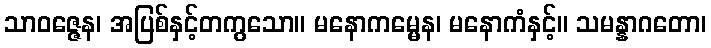
သာဝဇ္ဇေန၊ အပြစ်နှင့်တကွသော။ မနောကမ္မေန၊ မနောကံနှင့်။ သမန္နာဂတော၊